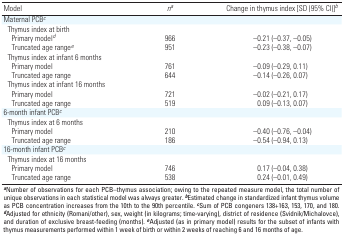
<table><thead><tr><td><b>Model</b></td><td><b><i>na</i></b></td><td><b>Change in thymus index [SD (95% CI)]<i>b </i></b></td></tr></thead><tbody><tr><td>Maternal PCB<i>c</i></td><td></td><td></td><td></td><td></td></tr><tr><td>Thymus index at birth</td><td></td><td></td><td></td><td></td></tr><tr><td>Primary model<i>d</i></td><td></td><td>966</td><td></td><td>–0.21 (–0.37, –0.05)</td></tr><tr><td>Truncated age range<i>e</i></td><td></td><td>951</td><td></td><td>–0.23 (–0.38, –0.07)</td></tr><tr><td>Thymus index at infant 6 months</td><td></td><td></td><td></td><td></td></tr><tr><td>Primary model</td><td></td><td>761</td><td></td><td>–0.09 (–0.29, 0.11)</td></tr><tr><td>Truncated age range</td><td></td><td>644</td><td></td><td>–0.14 (–0.26, 0.07)</td></tr><tr><td>Thymus index at infant 16 months</td><td></td><td></td><td></td><td></td></tr><tr><td>Primary model</td><td></td><td>721</td><td></td><td>–0.02 (–0.21, 0.17)</td></tr><tr><td>Truncated age range</td><td></td><td>519</td><td></td><td>0.09 (–0.13, 0.07)</td></tr><tr><td>6-month infant PCB<i>c</i></td><td></td><td></td><td></td><td></td></tr><tr><td>Thymus index at 6 months</td><td></td><td></td><td></td><td></td></tr><tr><td>Primary model</td><td></td><td>210</td><td></td><td>–0.40 (–0.76, –0.04)</td></tr><tr><td>Truncated age range</td><td></td><td>186</td><td></td><td>–0.54 (–0.94, 0.13)</td></tr><tr><td>16-month infant PCB<i>c</i></td><td></td><td></td><td></td><td></td></tr><tr><td>Thymus index at 16 months</td><td></td><td></td><td></td><td></td></tr><tr><td>Primary model</td><td></td><td>746</td><td></td><td>0.17 (–0.04, 0.38)</td></tr><tr><td>Truncated age range</td><td></td><td>538</td><td></td><td>0.24 (–0.01, 0.49)</td></tr><tr><td colspan="5"><b>a</b>Number of observations for each PCB–thymusassociation; owing to the repeated measure model, the total number ofunique observations in each statistical model was always greater.<b>b</b>Estimated change in standardized infant thymus volume as PCBconcentration increases from the 10th to the 90th percentile.<b>c</b>Sum of PCB congeners 138+163, 153, 170, and 180.<b>d</b>Adjusted for ethnicity (Romani/other), sex, weight (inkilograms; time-varying), district of residence (Svidnik/Michalovce),and duration of exclusive breast-feeding (months). <b>e</b>Adjusted (asin primary model) results for the subset of infants with thymusmeasurements performed within 1 week of birth or within 2 weeks ofreaching 6 and 16 months of age. </td></tr></tbody></table>